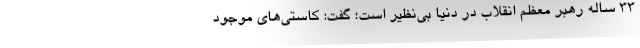
۳۳ ساله رهبر معظم انقلاب در دنیا بی‌نظیر است؛ گفت: کاستی‌های موجود